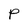
Character: p